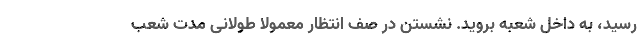
رسید، به داخل شعبه بروید. نشستن در صف انتظار معمولا طولانی مدت شعب